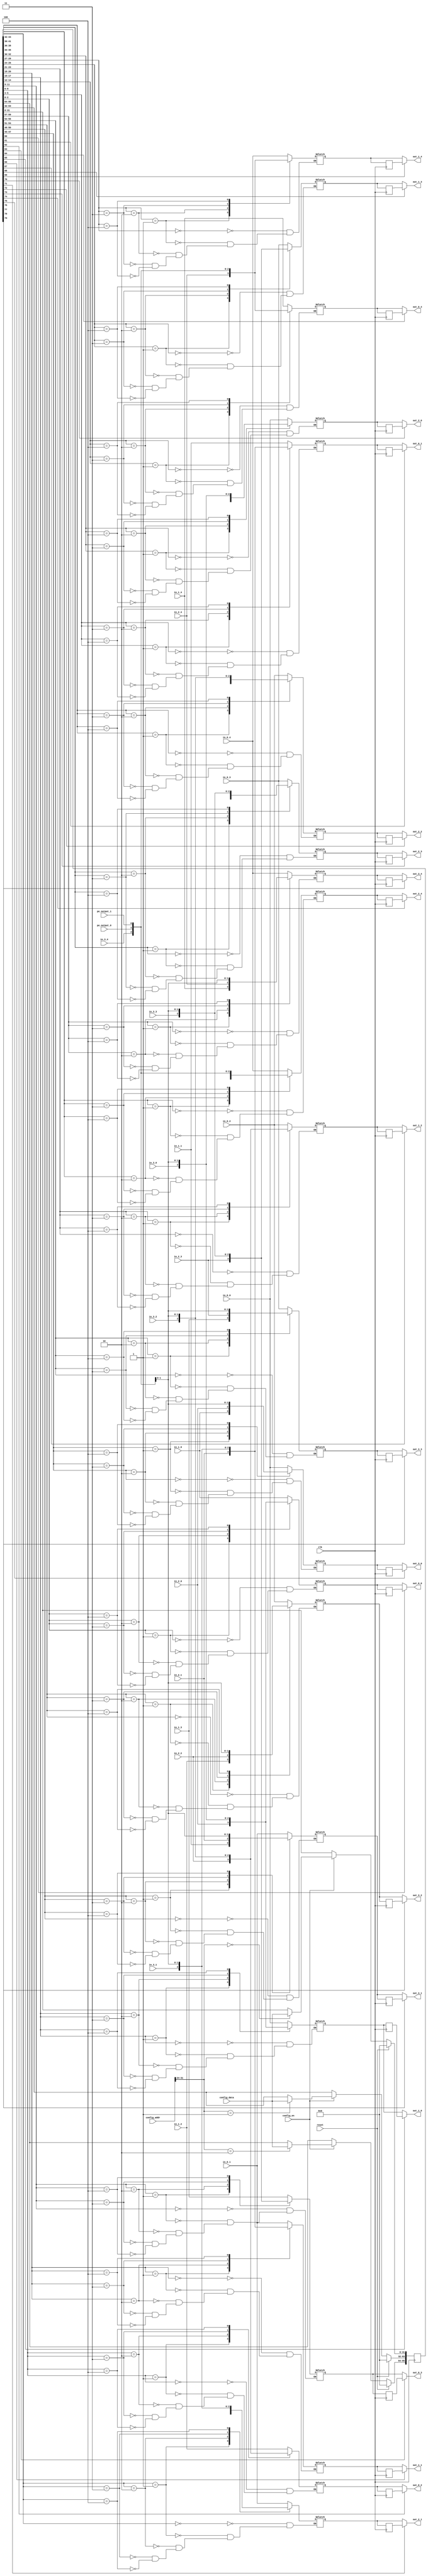
//
//--------------------------------------------------------------------------------
//          THIS FILE WAS AUTOMATICALLY GENERATED BY THE GENESIS2 ENGINE        
//  FOR MORE INFORMATION: OFER SHACHAM (CHIP GENESIS INC / STANFORD VLSI GROUP)
//    !! THIS VERSION OF GENESIS2 IS NOT FOR ANY COMMERCIAL USE !!
//     FOR COMMERCIAL LICENSE CONTACT SHACHAM@ALUMNI.STANFORD.EDU
//--------------------------------------------------------------------------------
//
//  
//	-----------------------------------------------
//	|            Genesis Release Info             |
//	|  $Change: 11904 $ --- $Date: 2013/08/03 $   |
//	-----------------------------------------------
//	
//
//  Source file: /Users/dillon/VerilogWorkspace/CGRAGenerator/hardware/generator_z/sb/sb.vp
//  Source template: sb
//
// --------------- Begin Pre-Generation Parameters Status Report ---------------
//
//	From 'generate' statement (priority=5):
// Parameter pe_output_count 	= 2
// Parameter registered_outputs 	= 11111
// Parameter feedthrough_outputs 	= 00000
// Parameter is_bidi 	= 0
// Parameter sides 	= 4
// Parameter width 	= 1
// Parameter num_tracks 	= 5
//
//		---- ---- ---- ---- ---- ---- ---- ---- ---- ---- ----
//
//	From Command Line input (priority=4):
//
//		---- ---- ---- ---- ---- ---- ---- ---- ---- ---- ----
//
//	From XML input (priority=3):
//
//		---- ---- ---- ---- ---- ---- ---- ---- ---- ---- ----
//
//	From Config File input (priority=2):
//
// ---------------- End Pre-Generation Pramameters Status Report ----------------

// width (_GENESIS2_INHERITANCE_PRIORITY_) = 1
//
// num_tracks (_GENESIS2_INHERITANCE_PRIORITY_) = 5
//
// sides (_GENESIS2_INHERITANCE_PRIORITY_) = 4
//
// feedthrough_outputs (_GENESIS2_INHERITANCE_PRIORITY_) = 00000
//
// registered_outputs (_GENESIS2_INHERITANCE_PRIORITY_) = 0x2b67
//
// pe_output_count (_GENESIS2_INHERITANCE_PRIORITY_) = 2
//
// is_bidi (_GENESIS2_INHERITANCE_PRIORITY_) = 0
//
// sb_fs (_GENESIS2_DECLARATION_PRIORITY_) = 10000#10000#10000
//



module sb_unq5 (
clk, reset,
pe_output_0,
pe_output_1,
out_0_0,
in_0_0,
out_0_1,
in_0_1,
out_0_2,
in_0_2,
out_0_3,
in_0_3,
out_0_4,
in_0_4,
out_1_0,
in_1_0,
out_1_1,
in_1_1,
out_1_2,
in_1_2,
out_1_3,
in_1_3,
out_1_4,
in_1_4,
out_2_0,
in_2_0,
out_2_1,
in_2_1,
out_2_2,
in_2_2,
out_2_3,
in_2_3,
out_2_4,
in_2_4,
out_3_0,
in_3_0,
out_3_1,
in_3_1,
out_3_2,
in_3_2,
out_3_3,
in_3_3,
out_3_4,
in_3_4,
config_addr,
config_data,
config_en
);

  input  clk;
  input  reset;
  input  config_en;
  input [31:0] config_data;

  // FIXME
  // Bits [31:24] are for switch box, [23:0] for connection box.
  // So bits  [23:0] go unused in this module.  Until this is fixed,
  // we have to let the linter know (verilator directives below) or it complains:
  // %Warning-UNUSED: .../sb_unq1.v:115: Bits of signal are not used: config_addr[23:0]
  /* verilator lint_off UNUSED */
  input [31:0] config_addr;
  /* verilator lint_on UNUSED */

  input [0:0] pe_output_0;
  input [0:0] pe_output_1;
  
  output [0:0] out_0_0;
  input [0:0] in_0_0;
  output [0:0] out_0_1;
  input [0:0] in_0_1;
  output [0:0] out_0_2;
  input [0:0] in_0_2;
  output [0:0] out_0_3;
  input [0:0] in_0_3;
  output [0:0] out_0_4;
  input [0:0] in_0_4;
  output [0:0] out_1_0;
  input [0:0] in_1_0;
  output [0:0] out_1_1;
  input [0:0] in_1_1;
  output [0:0] out_1_2;
  input [0:0] in_1_2;
  output [0:0] out_1_3;
  input [0:0] in_1_3;
  output [0:0] out_1_4;
  input [0:0] in_1_4;
  output [0:0] out_2_0;
  input [0:0] in_2_0;
  output [0:0] out_2_1;
  input [0:0] in_2_1;
  output [0:0] out_2_2;
  input [0:0] in_2_2;
  output [0:0] out_2_3;
  input [0:0] in_2_3;
  output [0:0] out_2_4;
  input [0:0] in_2_4;
  output [0:0] out_3_0;
  input [0:0] in_3_0;
  output [0:0] out_3_1;
  input [0:0] in_3_1;
  output [0:0] out_3_2;
  input [0:0] in_3_2;
  output [0:0] out_3_3;
  input [0:0] in_3_3;
  output [0:0] out_3_4;
  input [0:0] in_3_4;




  // reg [95:0] config_sb;

  // Note not all config bits are used by this module.  Is this on purpose?
  // As a result, however, verilator needs lint directives or it complains:
  // %Warning-UNUSED: .../sb_unq1.v:164: Bits of signal are not used: config_sb[63:60]
  // %Warning-UNUSED: .../sb_unq3.v:164: Bits of signal are not used: config_sb[63:40]
  // [FIXME Owner please confirm that this is correct and delete this FIXME line]

  /* verilator lint_off UNUSED */
  reg [95:0] config_sb;
  /* verilator lint_on UNUSED */
  
  always @(posedge clk) begin
    if (reset==1'b1) begin

   // Seems like the entire register should be initialized, not just a subset of the bits, yes?
   // FIXME Owner please check that this is still correct!
   // config_sb <= 80'd0;
      config_sb <= 96'd0;

    end else begin
      if (config_en==1'b1) begin
         case (config_addr[31:24])
           8'd0: config_sb[31:0] <= config_data;
           8'd1: config_sb[63:32] <= config_data;
           8'd2: config_sb[95:64] <= config_data;

           default: ;

         endcase
      end
    end
  end

  reg [0:0] out_0_0_i;
  always @(*) begin
    case (config_sb[2:0])
        3'd0: out_0_0_i = in_1_0;
        3'd1: out_0_0_i = in_2_0;
        3'd2: out_0_0_i = in_3_0;
        3'd3: out_0_0_i = pe_output_0;

        3'd4: out_0_0_i = pe_output_1;

    endcase
  end
  reg [0:0] out_0_0_id1;
  always @(posedge clk) begin
    out_0_0_id1 <= out_0_0_i;
  end
  assign out_0_0 = config_sb[60]?out_0_0_id1:out_0_0_i; 
  reg [0:0] out_0_1_i;
  always @(*) begin
    case (config_sb[5:3])
        3'd0: out_0_1_i = in_1_1;
        3'd1: out_0_1_i = in_2_1;
        3'd2: out_0_1_i = in_3_1;
        3'd3: out_0_1_i = pe_output_0;

        3'd4: out_0_1_i = pe_output_1;

    endcase
  end
  reg [0:0] out_0_1_id1;
  always @(posedge clk) begin
    out_0_1_id1 <= out_0_1_i;
  end
  assign out_0_1 = config_sb[61]?out_0_1_id1:out_0_1_i; 
  reg [0:0] out_0_2_i;
  always @(*) begin
    case (config_sb[8:6])
        3'd0: out_0_2_i = in_1_2;
        3'd1: out_0_2_i = in_2_2;
        3'd2: out_0_2_i = in_3_2;
        3'd3: out_0_2_i = pe_output_0;

        3'd4: out_0_2_i = pe_output_1;

    endcase
  end
  reg [0:0] out_0_2_id1;
  always @(posedge clk) begin
    out_0_2_id1 <= out_0_2_i;
  end
  assign out_0_2 = config_sb[62]?out_0_2_id1:out_0_2_i; 
  reg [0:0] out_0_3_i;
  always @(*) begin
    case (config_sb[11:9])
        3'd0: out_0_3_i = in_1_3;
        3'd1: out_0_3_i = in_2_3;
        3'd2: out_0_3_i = in_3_3;
        3'd3: out_0_3_i = pe_output_0;

        3'd4: out_0_3_i = pe_output_1;

    endcase
  end
  reg [0:0] out_0_3_id1;
  always @(posedge clk) begin
    out_0_3_id1 <= out_0_3_i;
  end
  assign out_0_3 = config_sb[63]?out_0_3_id1:out_0_3_i; 
  reg [0:0] out_0_4_i;
  always @(*) begin
    case (config_sb[14:12])
        3'd0: out_0_4_i = in_1_4;
        3'd1: out_0_4_i = in_2_4;
        3'd2: out_0_4_i = in_3_4;
        3'd3: out_0_4_i = pe_output_0;

        3'd4: out_0_4_i = pe_output_1;

    endcase
  end
  reg [0:0] out_0_4_id1;
  always @(posedge clk) begin
    out_0_4_id1 <= out_0_4_i;
  end
  assign out_0_4 = config_sb[64]?out_0_4_id1:out_0_4_i; 
  reg [0:0] out_1_0_i;
  always @(*) begin
    case (config_sb[17:15])
        3'd0: out_1_0_i = in_0_0;
        3'd1: out_1_0_i = in_2_0;
        3'd2: out_1_0_i = in_3_0;
        3'd3: out_1_0_i = pe_output_0;

        3'd4: out_1_0_i = pe_output_1;

    endcase
  end
  reg [0:0] out_1_0_id1;
  always @(posedge clk) begin
    out_1_0_id1 <= out_1_0_i;
  end
  assign out_1_0 = config_sb[65]?out_1_0_id1:out_1_0_i; 
  reg [0:0] out_1_1_i;
  always @(*) begin
    case (config_sb[20:18])
        3'd0: out_1_1_i = in_0_1;
        3'd1: out_1_1_i = in_2_1;
        3'd2: out_1_1_i = in_3_1;
        3'd3: out_1_1_i = pe_output_0;

        3'd4: out_1_1_i = pe_output_1;

    endcase
  end
  reg [0:0] out_1_1_id1;
  always @(posedge clk) begin
    out_1_1_id1 <= out_1_1_i;
  end
  assign out_1_1 = config_sb[66]?out_1_1_id1:out_1_1_i; 
  reg [0:0] out_1_2_i;
  always @(*) begin
    case (config_sb[23:21])
        3'd0: out_1_2_i = in_0_2;
        3'd1: out_1_2_i = in_2_2;
        3'd2: out_1_2_i = in_3_2;
        3'd3: out_1_2_i = pe_output_0;

        3'd4: out_1_2_i = pe_output_1;

    endcase
  end
  reg [0:0] out_1_2_id1;
  always @(posedge clk) begin
    out_1_2_id1 <= out_1_2_i;
  end
  assign out_1_2 = config_sb[67]?out_1_2_id1:out_1_2_i; 
  reg [0:0] out_1_3_i;
  always @(*) begin
    case (config_sb[26:24])
        3'd0: out_1_3_i = in_0_3;
        3'd1: out_1_3_i = in_2_3;
        3'd2: out_1_3_i = in_3_3;
        3'd3: out_1_3_i = pe_output_0;

        3'd4: out_1_3_i = pe_output_1;

    endcase
  end
  reg [0:0] out_1_3_id1;
  always @(posedge clk) begin
    out_1_3_id1 <= out_1_3_i;
  end
  assign out_1_3 = config_sb[68]?out_1_3_id1:out_1_3_i; 
  reg [0:0] out_1_4_i;
  always @(*) begin
    case (config_sb[29:27])
        3'd0: out_1_4_i = in_0_4;
        3'd1: out_1_4_i = in_2_4;
        3'd2: out_1_4_i = in_3_4;
        3'd3: out_1_4_i = pe_output_0;

        3'd4: out_1_4_i = pe_output_1;

    endcase
  end
  reg [0:0] out_1_4_id1;
  always @(posedge clk) begin
    out_1_4_id1 <= out_1_4_i;
  end
  assign out_1_4 = config_sb[69]?out_1_4_id1:out_1_4_i; 
  reg [0:0] out_2_0_i;
  always @(*) begin
    case (config_sb[32:30])
        3'd0: out_2_0_i = in_0_0;
        3'd1: out_2_0_i = in_1_0;
        3'd2: out_2_0_i = in_3_0;
        3'd3: out_2_0_i = pe_output_0;

        3'd4: out_2_0_i = pe_output_1;

    endcase
  end
  reg [0:0] out_2_0_id1;
  always @(posedge clk) begin
    out_2_0_id1 <= out_2_0_i;
  end
  assign out_2_0 = config_sb[70]?out_2_0_id1:out_2_0_i; 
  reg [0:0] out_2_1_i;
  always @(*) begin
    case (config_sb[35:33])
        3'd0: out_2_1_i = in_0_1;
        3'd1: out_2_1_i = in_1_1;
        3'd2: out_2_1_i = in_3_1;
        3'd3: out_2_1_i = pe_output_0;

        3'd4: out_2_1_i = pe_output_1;

    endcase
  end
  reg [0:0] out_2_1_id1;
  always @(posedge clk) begin
    out_2_1_id1 <= out_2_1_i;
  end
  assign out_2_1 = config_sb[71]?out_2_1_id1:out_2_1_i; 
  reg [0:0] out_2_2_i;
  always @(*) begin
    case (config_sb[38:36])
        3'd0: out_2_2_i = in_0_2;
        3'd1: out_2_2_i = in_1_2;
        3'd2: out_2_2_i = in_3_2;
        3'd3: out_2_2_i = pe_output_0;

        3'd4: out_2_2_i = pe_output_1;

    endcase
  end
  reg [0:0] out_2_2_id1;
  always @(posedge clk) begin
    out_2_2_id1 <= out_2_2_i;
  end
  assign out_2_2 = config_sb[72]?out_2_2_id1:out_2_2_i; 
  reg [0:0] out_2_3_i;
  always @(*) begin
    case (config_sb[41:39])
        3'd0: out_2_3_i = in_0_3;
        3'd1: out_2_3_i = in_1_3;
        3'd2: out_2_3_i = in_3_3;
        3'd3: out_2_3_i = pe_output_0;

        3'd4: out_2_3_i = pe_output_1;

    endcase
  end
  reg [0:0] out_2_3_id1;
  always @(posedge clk) begin
    out_2_3_id1 <= out_2_3_i;
  end
  assign out_2_3 = config_sb[73]?out_2_3_id1:out_2_3_i; 
  reg [0:0] out_2_4_i;
  always @(*) begin
    case (config_sb[44:42])
        3'd0: out_2_4_i = in_0_4;
        3'd1: out_2_4_i = in_1_4;
        3'd2: out_2_4_i = in_3_4;
        3'd3: out_2_4_i = pe_output_0;

        3'd4: out_2_4_i = pe_output_1;

    endcase
  end
  reg [0:0] out_2_4_id1;
  always @(posedge clk) begin
    out_2_4_id1 <= out_2_4_i;
  end
  assign out_2_4 = config_sb[74]?out_2_4_id1:out_2_4_i; 
  reg [0:0] out_3_0_i;
  always @(*) begin
    case (config_sb[47:45])
        3'd0: out_3_0_i = in_0_0;
        3'd1: out_3_0_i = in_1_0;
        3'd2: out_3_0_i = in_2_0;
        3'd3: out_3_0_i = pe_output_0;

        3'd4: out_3_0_i = pe_output_1;

    endcase
  end
  reg [0:0] out_3_0_id1;
  always @(posedge clk) begin
    out_3_0_id1 <= out_3_0_i;
  end
  assign out_3_0 = config_sb[75]?out_3_0_id1:out_3_0_i; 
  reg [0:0] out_3_1_i;
  always @(*) begin
    case (config_sb[50:48])
        3'd0: out_3_1_i = in_0_1;
        3'd1: out_3_1_i = in_1_1;
        3'd2: out_3_1_i = in_2_1;
        3'd3: out_3_1_i = pe_output_0;

        3'd4: out_3_1_i = pe_output_1;

    endcase
  end
  reg [0:0] out_3_1_id1;
  always @(posedge clk) begin
    out_3_1_id1 <= out_3_1_i;
  end
  assign out_3_1 = config_sb[76]?out_3_1_id1:out_3_1_i; 
  reg [0:0] out_3_2_i;
  always @(*) begin
    case (config_sb[53:51])
        3'd0: out_3_2_i = in_0_2;
        3'd1: out_3_2_i = in_1_2;
        3'd2: out_3_2_i = in_2_2;
        3'd3: out_3_2_i = pe_output_0;

        3'd4: out_3_2_i = pe_output_1;

    endcase
  end
  reg [0:0] out_3_2_id1;
  always @(posedge clk) begin
    out_3_2_id1 <= out_3_2_i;
  end
  assign out_3_2 = config_sb[77]?out_3_2_id1:out_3_2_i; 
  reg [0:0] out_3_3_i;
  always @(*) begin
    case (config_sb[56:54])
        3'd0: out_3_3_i = in_0_3;
        3'd1: out_3_3_i = in_1_3;
        3'd2: out_3_3_i = in_2_3;
        3'd3: out_3_3_i = pe_output_0;

        3'd4: out_3_3_i = pe_output_1;

    endcase
  end
  reg [0:0] out_3_3_id1;
  always @(posedge clk) begin
    out_3_3_id1 <= out_3_3_i;
  end
  assign out_3_3 = config_sb[78]?out_3_3_id1:out_3_3_i; 
  reg [0:0] out_3_4_i;
  always @(*) begin
    case (config_sb[59:57])
        3'd0: out_3_4_i = in_0_4;
        3'd1: out_3_4_i = in_1_4;
        3'd2: out_3_4_i = in_2_4;
        3'd3: out_3_4_i = pe_output_0;

        3'd4: out_3_4_i = pe_output_1;

    endcase
  end
  reg [0:0] out_3_4_id1;
  always @(posedge clk) begin
    out_3_4_id1 <= out_3_4_i;
  end
  assign out_3_4 = config_sb[79]?out_3_4_id1:out_3_4_i; 
endmodule